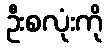
ဦးစလုံးကို